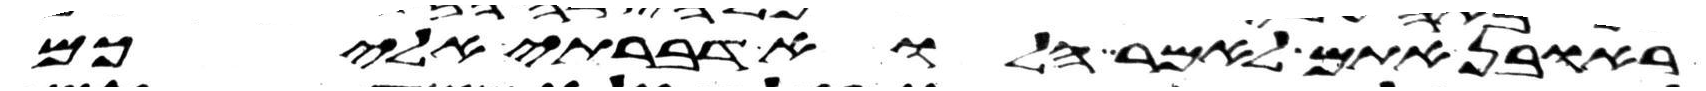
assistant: ראובן אתם לאמר הלוא דברתי אליכם